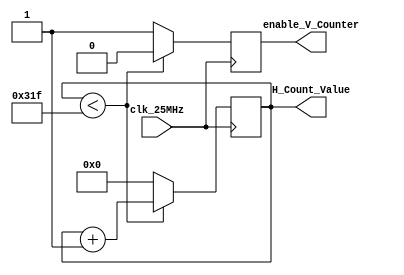
`timescale 1ns / 1ps
//////////////////////////////////////////////////////////////////////////////////
// Company: 
// Engineer: 
// 
// Design Name: 
// Module Name: horizontal_counter
// Project Name: 
// Target Devices: 
// Tool Versions: 
// Description: 
// 
// Dependencies: 
// 
// Revision:
// Revision 0.01 - File Created
// Additional Comments:
// 
//////////////////////////////////////////////////////////////////////////////////


module horizontal_counter(
    input clk_25MHz,
    output reg enable_V_Counter = 0,
    output reg [15:0] H_Count_Value = 0
    );
    
always @(posedge clk_25MHz)
    begin
        if(H_Count_Value < 799)
            begin
                H_Count_Value <= H_Count_Value + 1;
                enable_V_Counter <= 0; // disable vertical counter
            end
        else
            begin
                H_Count_Value <= 0; // reset Horizontal counter
                enable_V_Counter <= 1; // trigger V counter
            end
    end
    
endmodule